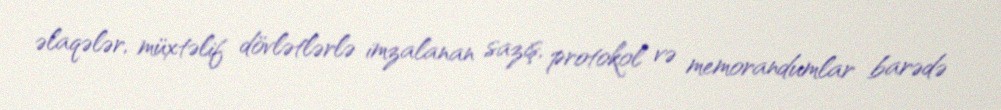
əlaqələr, müxtəlif dövlətlərlə imzalanan saziş, protokol və memorandumlar barədə